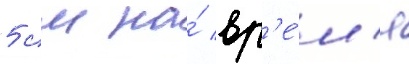
5 см на́ вр'е́м'я